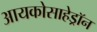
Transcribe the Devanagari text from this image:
आयकोसाहेड्रॉन